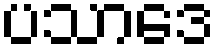
ပသာဒေ